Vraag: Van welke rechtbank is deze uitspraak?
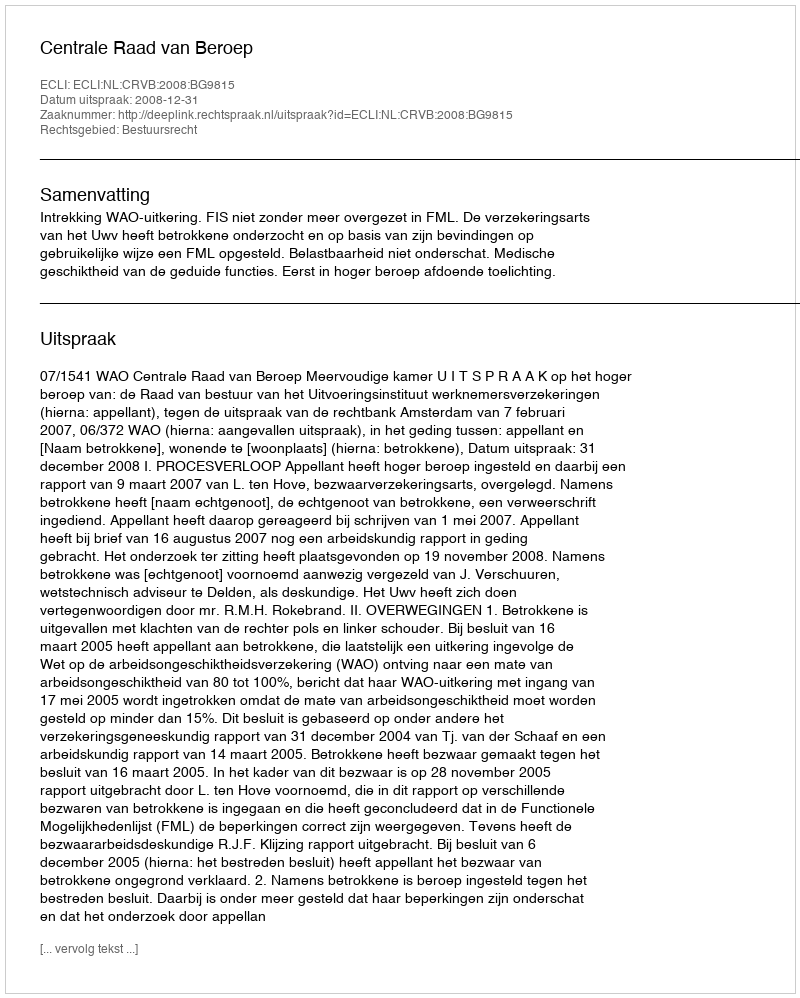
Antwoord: Centrale Raad van Beroep